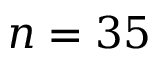
n = 3 5